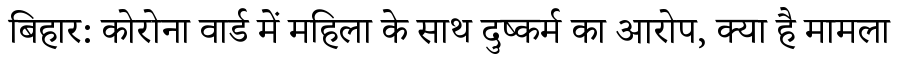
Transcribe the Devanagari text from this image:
बिहार: कोरोना वार्ड में महिला के साथ दुष्कर्म का आरोप, क्या है मामला